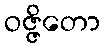
ဝဇ္ဇိတော